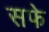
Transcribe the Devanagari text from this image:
सफे